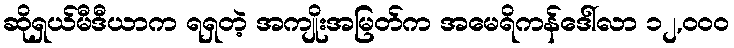
ဆိုရှယ်မီဒီယာက ရရှတဲ့ အကျိုးအမြတ်က အမေရိကန်ဒေါ်လာ ၁၂,၀၀၀